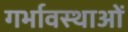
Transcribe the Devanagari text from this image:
गर्भावस्‍थाओं